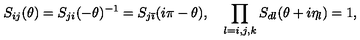
S _ { i j } ( \theta ) = S _ { j i } ( - \theta ) ^ { - 1 } = S _ { j \bar { \imath } } ( i \pi - \theta ) , \quad \prod _ { l = i , j , k } S _ { d l } ( \theta + i \eta _ { l } ) = 1 ,